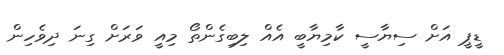
ޑީޕީ އަށް ސިޔާސީ ކާމިޔާބީ އެއް ލިބިގެންތޯ މިއީ ވަރަށް ގިނަ ދިވެހިން